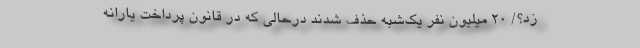
زد؟/ ۲۰ میلیون نفر یک‌شبه حذف شدند درحالی که در قانون پرداخت یارانه